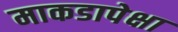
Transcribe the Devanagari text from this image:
माकडापेक्षा